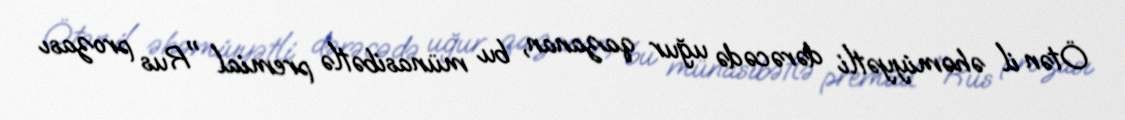
Ötən il əhəmiyyətli dərəcədə uğur qazanan, bu münasibətlə premial "Rus prozası